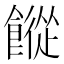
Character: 𩞆